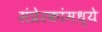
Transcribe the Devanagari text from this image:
संप्रेरकांमध्ये